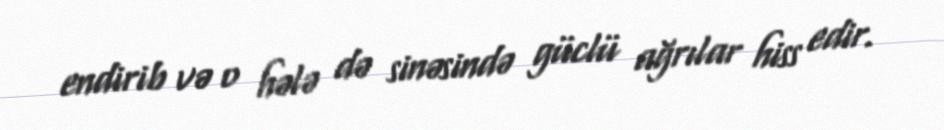
endirib və o hələ də sinəsində güclü ağrılar hiss edir.